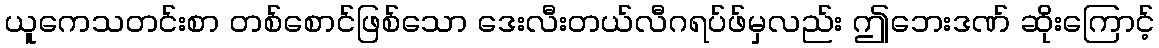
ယူကေသတင်းစာ တစ်စောင်ဖြစ်သော ဒေးလီးတယ်လီဂရပ်ဖ်မှလည်း ဤဘေးဒဏ် ဆိုးကြောင့်